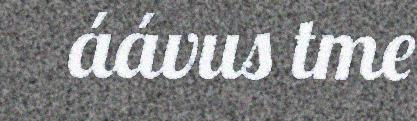
áávus tme